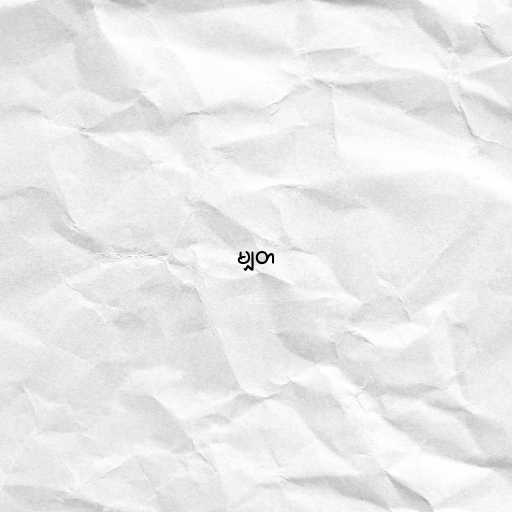
မျှတ